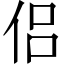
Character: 侣